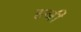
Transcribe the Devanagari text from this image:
हजी